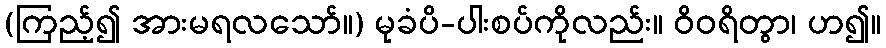
(ကြည့်၍ အားမရလသော်။) မုခံပိ-ပါးစပ်ကိုလည်း။ ဝိဝရိတွာ၊ ဟ၍။